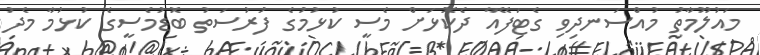
މައުލޫމާތު މުއްސަނދިވި ގެޓަފޭއާ ދެކޮޅަށް މެސީ ކުޅުމުގެ ފުރުސަތު ބޮޑުމެސީގެ ކުޅުމާ މެދު